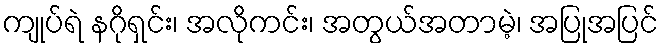
ကျုပ်ရဲ နဂိုရှင်း၊ အလိုကင်း၊ အတွယ်အတာမဲ့၊ အပြုအပြင်